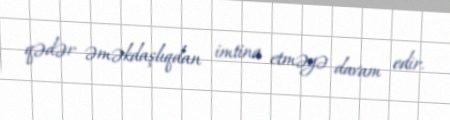
qədər əməkdaşlıqdan imtina etməyə davam edir.